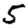
Digit: 5